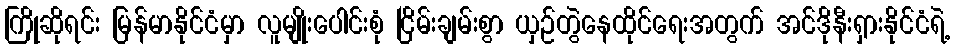
ကြိုဆိုရင်း မြန်မာနိုင်ငံမှာ လူမျိုးပေါင်းစုံ ငြိမ်းချမ်းစွာ ယှဉ်တွဲနေထိုင်ရေးအတွက် အင်ဒိုနီးရှားနိုင်ငံရဲ့